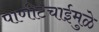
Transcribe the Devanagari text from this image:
पाणीटंचाईमुळे